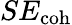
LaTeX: SE_{\mathrm{coh}}